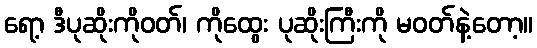
ရော့ ဒီပုဆိုးကိုဝတ်၊ ကိုထွေး ပုဆိုးကြီးကို မဝတ်နဲ့တော့။